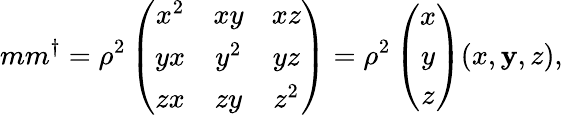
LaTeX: mm^{\dagger}=\rho^{2}\left(\begin{array}{ccc}{{x^{2}}}&{{xy}}&{{xz}}\\ {{yx}}&{{y^{2}}}&{{yz}}\\ {{zx}}&{{zy}}&{{z^{2}}}\end{array}\right)=\rho^{2}\left(\begin{array}{c}{{x}}\\ {{y}}\\ {{z}}\end{array}\right)(x,\mathbf{y},z),